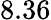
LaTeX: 8.36